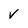
Character: V